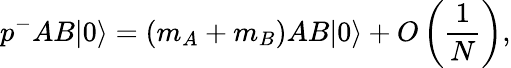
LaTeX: p^{-}AB|0\rangle=(m_{A}+m_{B})AB|0\rangle+O\left(\frac{1}{N}\right),